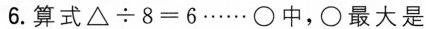
6. 算式 $$△ \div 8 = 6$$ …… \circ 中，\circ 最大是